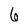
Character: 6